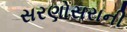
સરણોસરાની